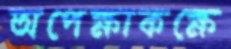
অপেক্ষাকক্ষে